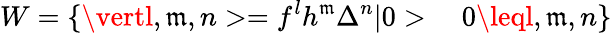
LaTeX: W=\{ \vertl,\mathfrak{m},n>=f^{l}h^{\mathfrak{m}}\Delta^{n}\vert0>\ \ \ \ 0\leql,\mathfrak{m},n\}